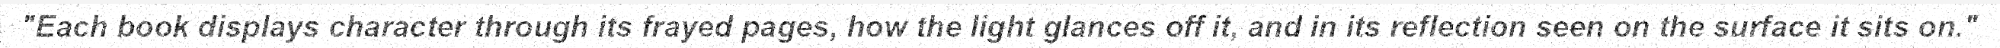
"Each book displays character through its frayed pages, how the light glances off it, and in its reflection seen on the surface it sits on."